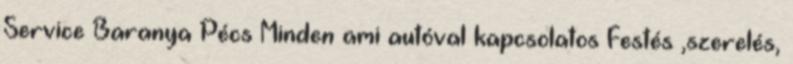
Service Baranya Pécs Minden ami autóval kapcsolatos Festés ,szerelés,